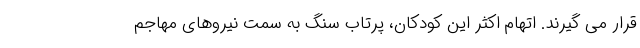
قرار می گیرند. اتهام اکثر این کودکان، پرتاب سنگ به سمت نیروهای مهاجم